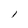
Character: i